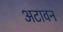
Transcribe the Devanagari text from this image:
अटावन